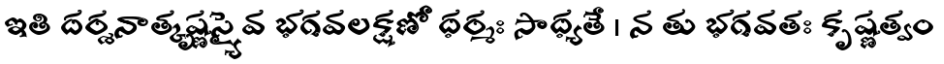
ఇతి దర్శనాత్కృష్ణస్యైవ భగవలక్షణో ధర్మః సాధ్యతే । న తు భగవతః కృష్ణత్వం